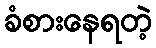
ခံစားနေရတဲ့